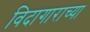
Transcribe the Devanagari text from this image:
विदागाराच्या